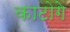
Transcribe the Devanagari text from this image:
काटोगे